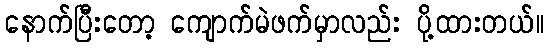
နောက်ပြီးတော့ ကျောက်မဲဖက်မှာလည်း ပို့ထားတယ်။